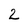
Character: 2